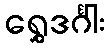
ရွှေဒင်္ဂါး